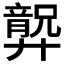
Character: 𱝗